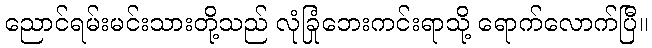
ညောင်ရမ်းမင်းသားတို့သည် လုံခြုံဘေးကင်းရာသို့ ရောက်လောက်ပြီ။